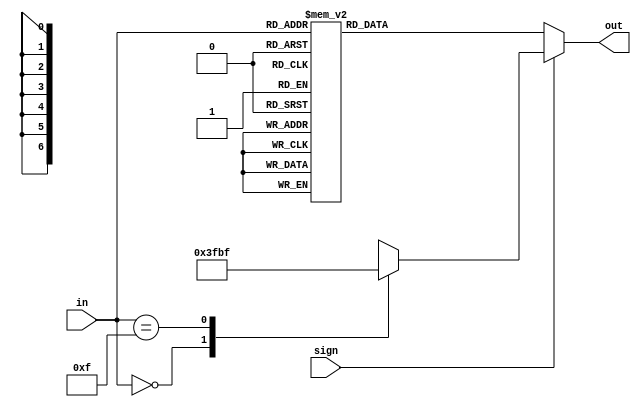
module seg7_w_sign(sign ,in, out);
    input sign;
    input [3:0] in;
    output reg [6:0] out;

    always@(*) begin
        //sign bit display
        if (sign) begin
            case (in)
                4'b0000: out = 7'b1111111;
                4'b1111: out = 7'b0111111; 
                default: out = 7'bx;
            endcase
        //digit display         
        end else begin
            case(in)
            4'b0000: out = 7'b1000000;
            4'b0001: out = 7'b1111001;
            4'b0010: out = 7'b0100100;
            4'b0011: out = 7'b0110000;
            4'b0100: out = 7'b0011001;
            4'b0101: out = 7'b0010010;
            4'b0110: out = 7'b0000010;
            4'b0111: out = 7'b1011000;
            4'b1000: out = 7'b0000000;
            4'b1001: out = 7'b0010000;
            4'b1010: out = 7'b0001000;
            4'b1011: out = 7'b0000011;
            4'b1100: out = 7'b1000110;
            4'b1101: out = 7'b0100001;
            4'b1110: out = 7'b0000110;
            4'b1111: out = 7'b0001110;
            default: out = 7'bx;
            endcase
        end
    end
endmodule